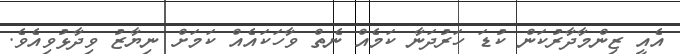
އެއީ ޒިންމާދާރުކަން ކުޑަ ހަރުދަނާ ކަމެއް ނެތް ވާހަކައެއް ކަމަށް ނިޔާޒު ވިދާޅުވިއެވެ.